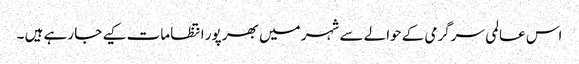
اس عالمی سرگرمی کے حوالے سے شہر میں بھر پور انتظامات کیے جا رہے ہیں ۔